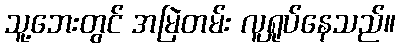
သူ့ဘေးတွင် အမြဲတမ်း လူရှုပ်နေသည်။